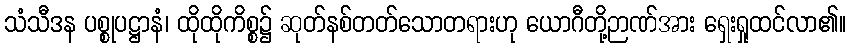
သံသီဒန ပစ္စုပဋ္ဌာနံ၊ ထိုထိုကိစ္စ၌ ဆုတ်နစ်တတ်သောတရားဟု ယောဂီတို့ဉာဏ်အား ရှေးရှုထင်လာ၏။